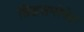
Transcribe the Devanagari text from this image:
छिद्रसमोपेतं